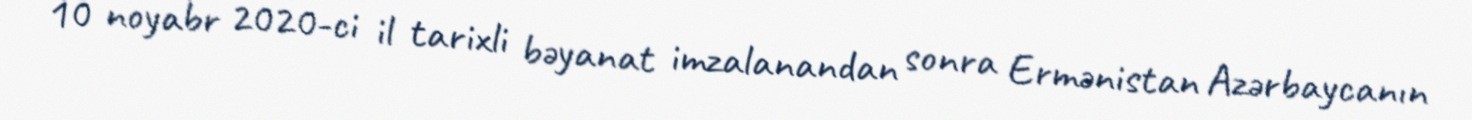
10 noyabr 2020-ci il tarixli bəyanat imzalanandan sonra Ermənistan Azərbaycanın